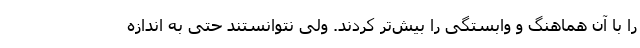
را با آن هماهنگ و وابستگی را بیش‌تر کردند. ولی نتوانستند حتی به اندازه